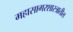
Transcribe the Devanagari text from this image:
महासागरशास्त्रातील